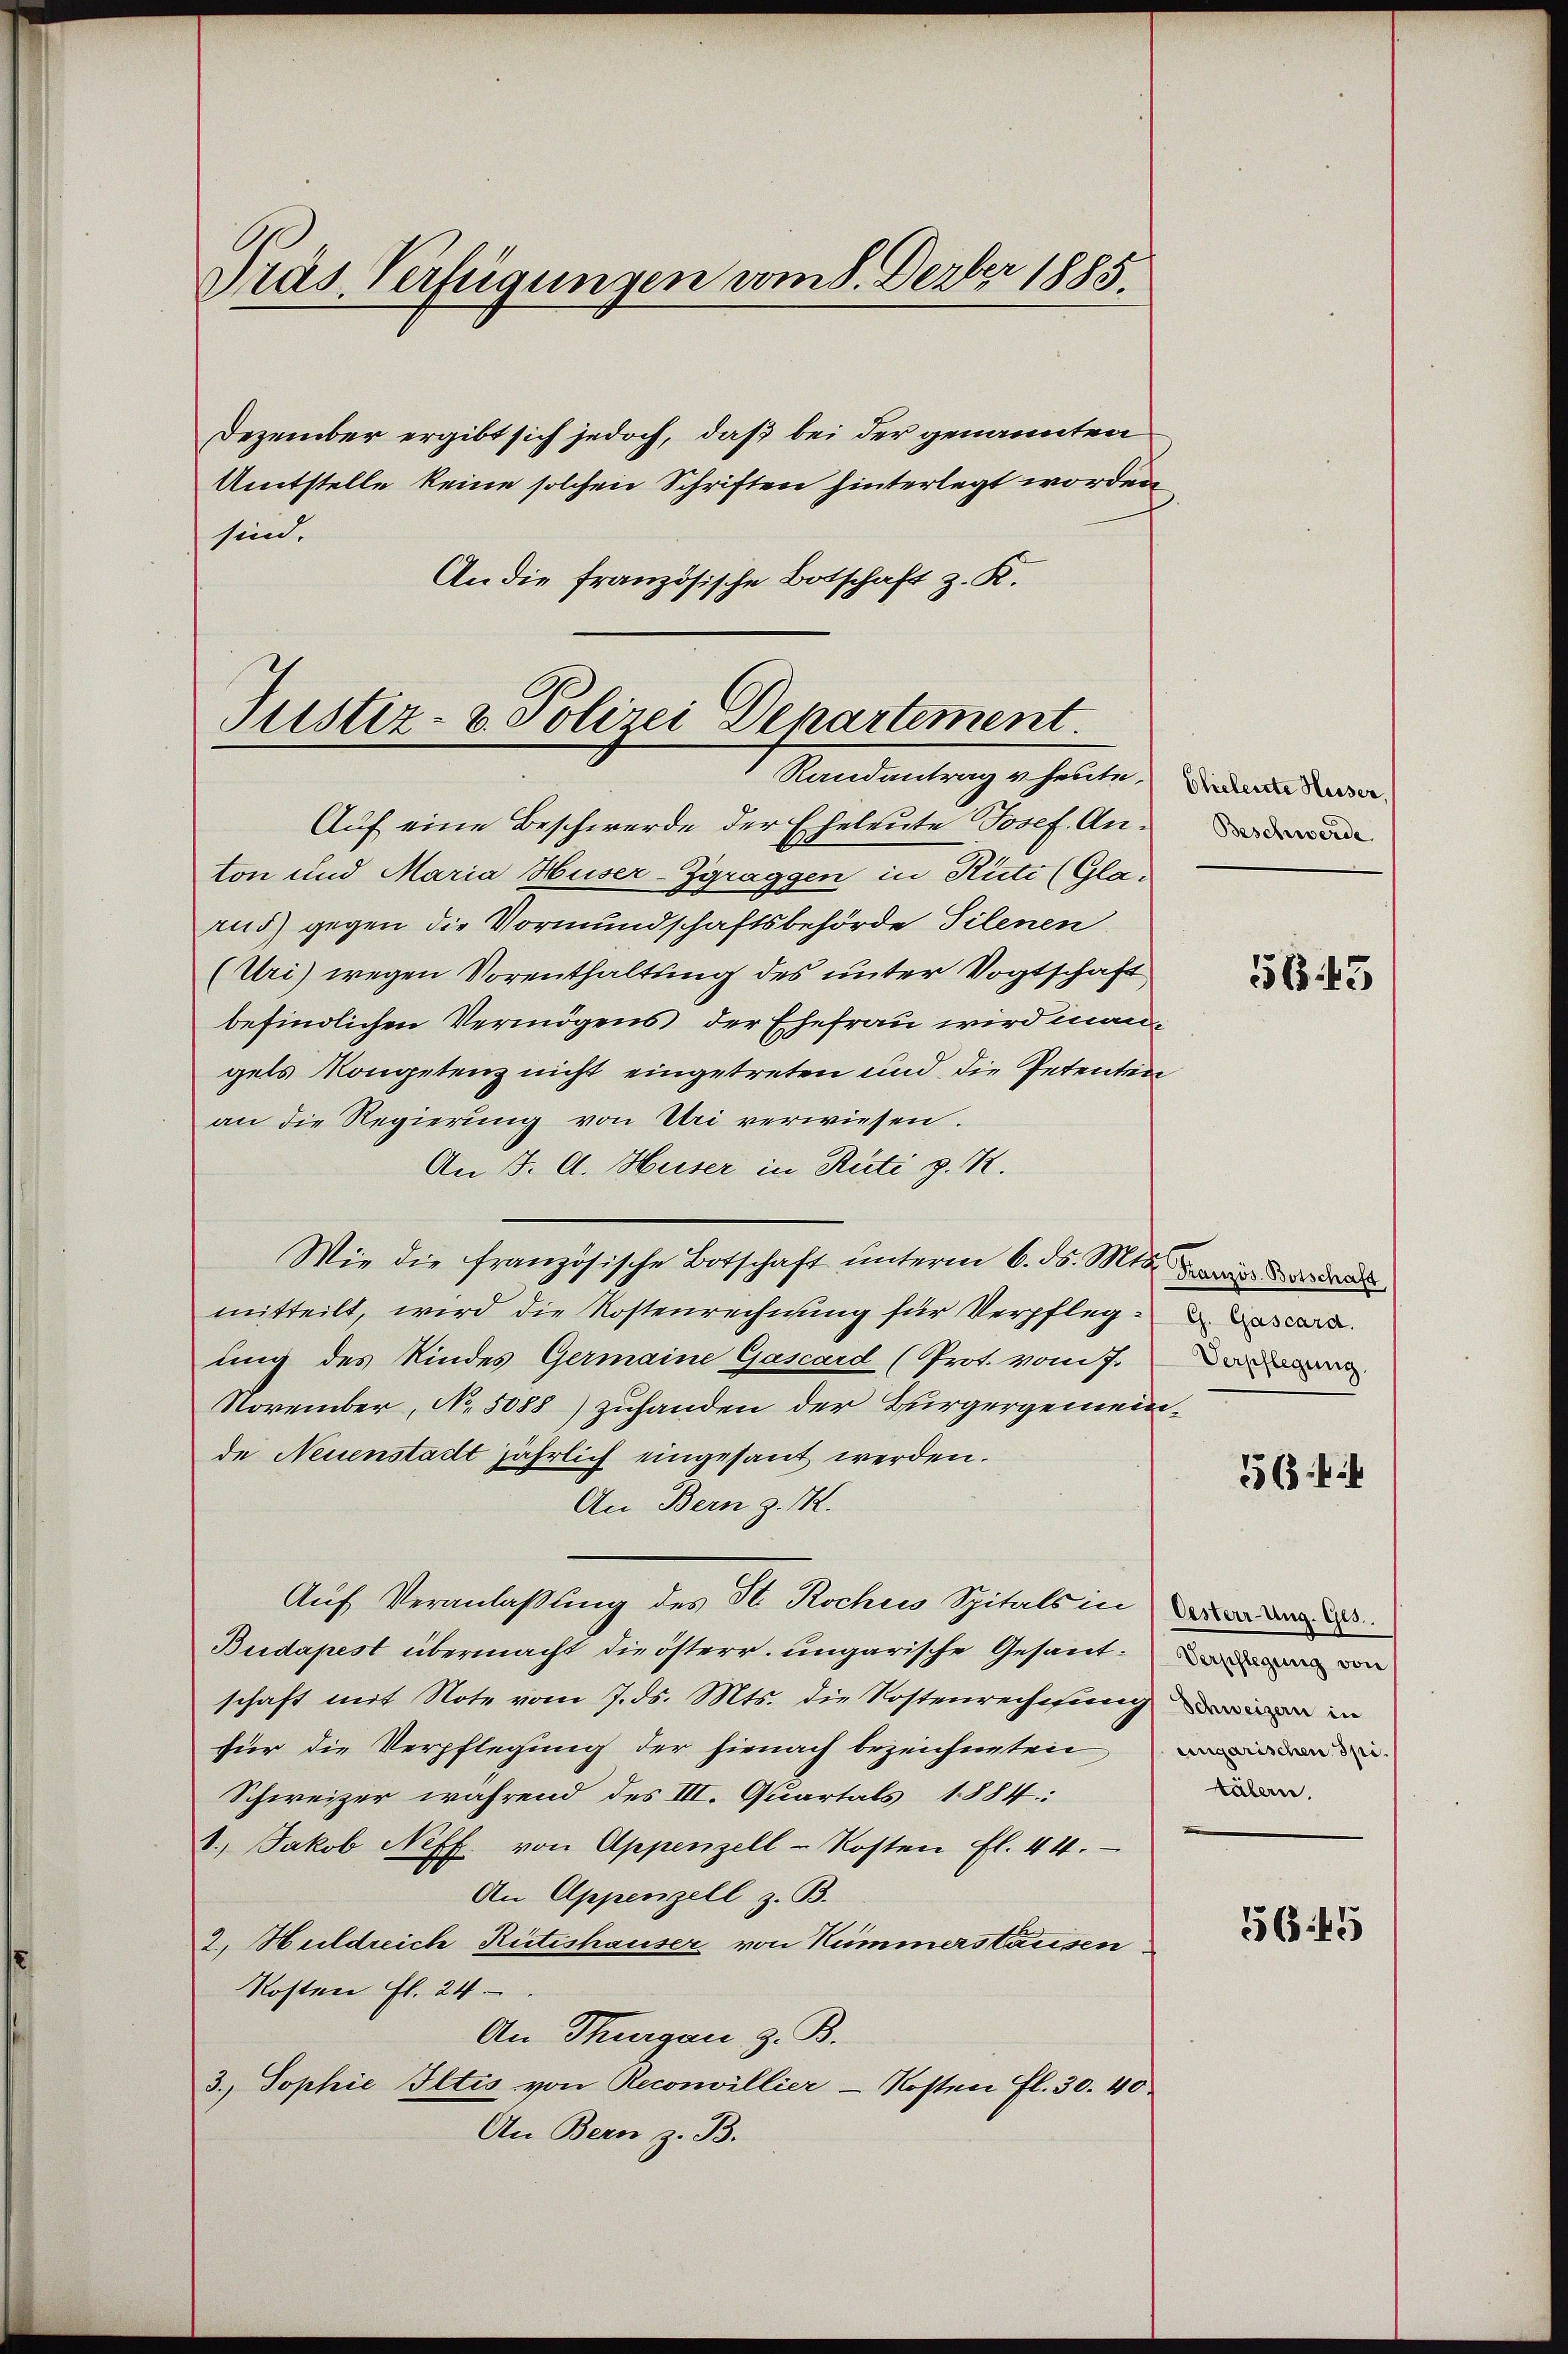
Präs. Verfügungen vom 8. Dezber 1885.

Dezember ergibt sich jedoch, daß bei der genannten
Amtstelle keine solchen Schriften hinterlegt worden
sind.
An die französische Botschaft z. K.

Justiz- & Polizei Departement
Randantrag u. heute,

Auf eine Beschwerde der Eheleute Josef. Anton und Maria Huser-Zgraggen in Rüti (Gla-
rus) gegen die Vormundschaftsbehörde Silenen
(Uri) wegen Vorenthaltung des unter Vogtschaft
befindlichen Vermögens der Ehefrau wird mangels Kongetenz nicht eingetreten und die Petenten
an die Regierung von Uri verwiesen.
An J. A. Huser in Rüti z. R.
Wie die französische Botschaft ŭnterm 6. ds. Mts. u. w
mitteilt, wird die Kostenrechnung für Verpfleg- u.
ung des Kindes Germaine Gascard (Prot. vom 7.
November, No. 5088) zuhanden der Bürgergemeinde Neuenstadt jährlich eingesant werden.
An Bern z. K.
Auf Veranlaßung des St. Kochen Spitals in
Budapest übermacht die österr. ungarische Gesandschaft mit Note vom 7. ds. Mts. die Kostenrechnung in
für die Verpflegung der hienach bezeichneten
Schweizer während des III. Quartals 1884:
1., Jakob Neff. von Appenzell-Kosten fl. 44.
An Appenzell z. B.
2. Heildreich Rütishauser von Kümmerstausen
Kosten fl. 24
An Thurgau, z. B.
3.) Sophie Iltis von Reconvillier - Kosten fl. 30. 40.
An Bern z. B.

Eheleute Hesser
Beschwerde.

56. 13

Verpflegung.

56

tälern.

645